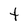
Character: t